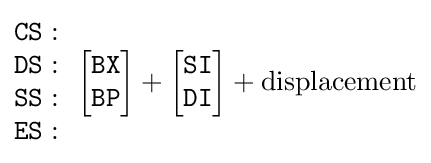
{\begin{matrix}{\mathtt {CS}}:\\{\mathtt {DS}}:\\{\mathtt {SS}}:\\{\mathtt {ES}}:\end{matrix}}\ \ {\begin{matrix}\\{\begin{bmatrix}{\mathtt {BX}}\\{\mathtt {BP}}\end{bmatrix}}+{\begin{bmatrix}{\mathtt {SI}}\\{\mathtt {DI}}\end{bmatrix}}\\\\\end{matrix}}+{\rm {displacement}}